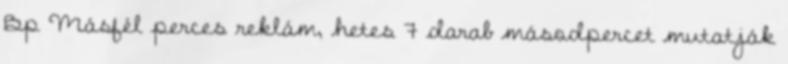
Bp Másfél perces reklám, hetes 7 darab másodpercet mutatják